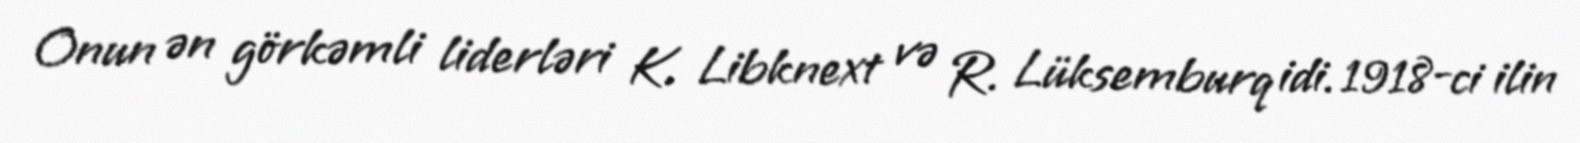
Onun ən görkəmli liderləri K. Libknext və R. Lüksemburq idi. 1918-ci ilin